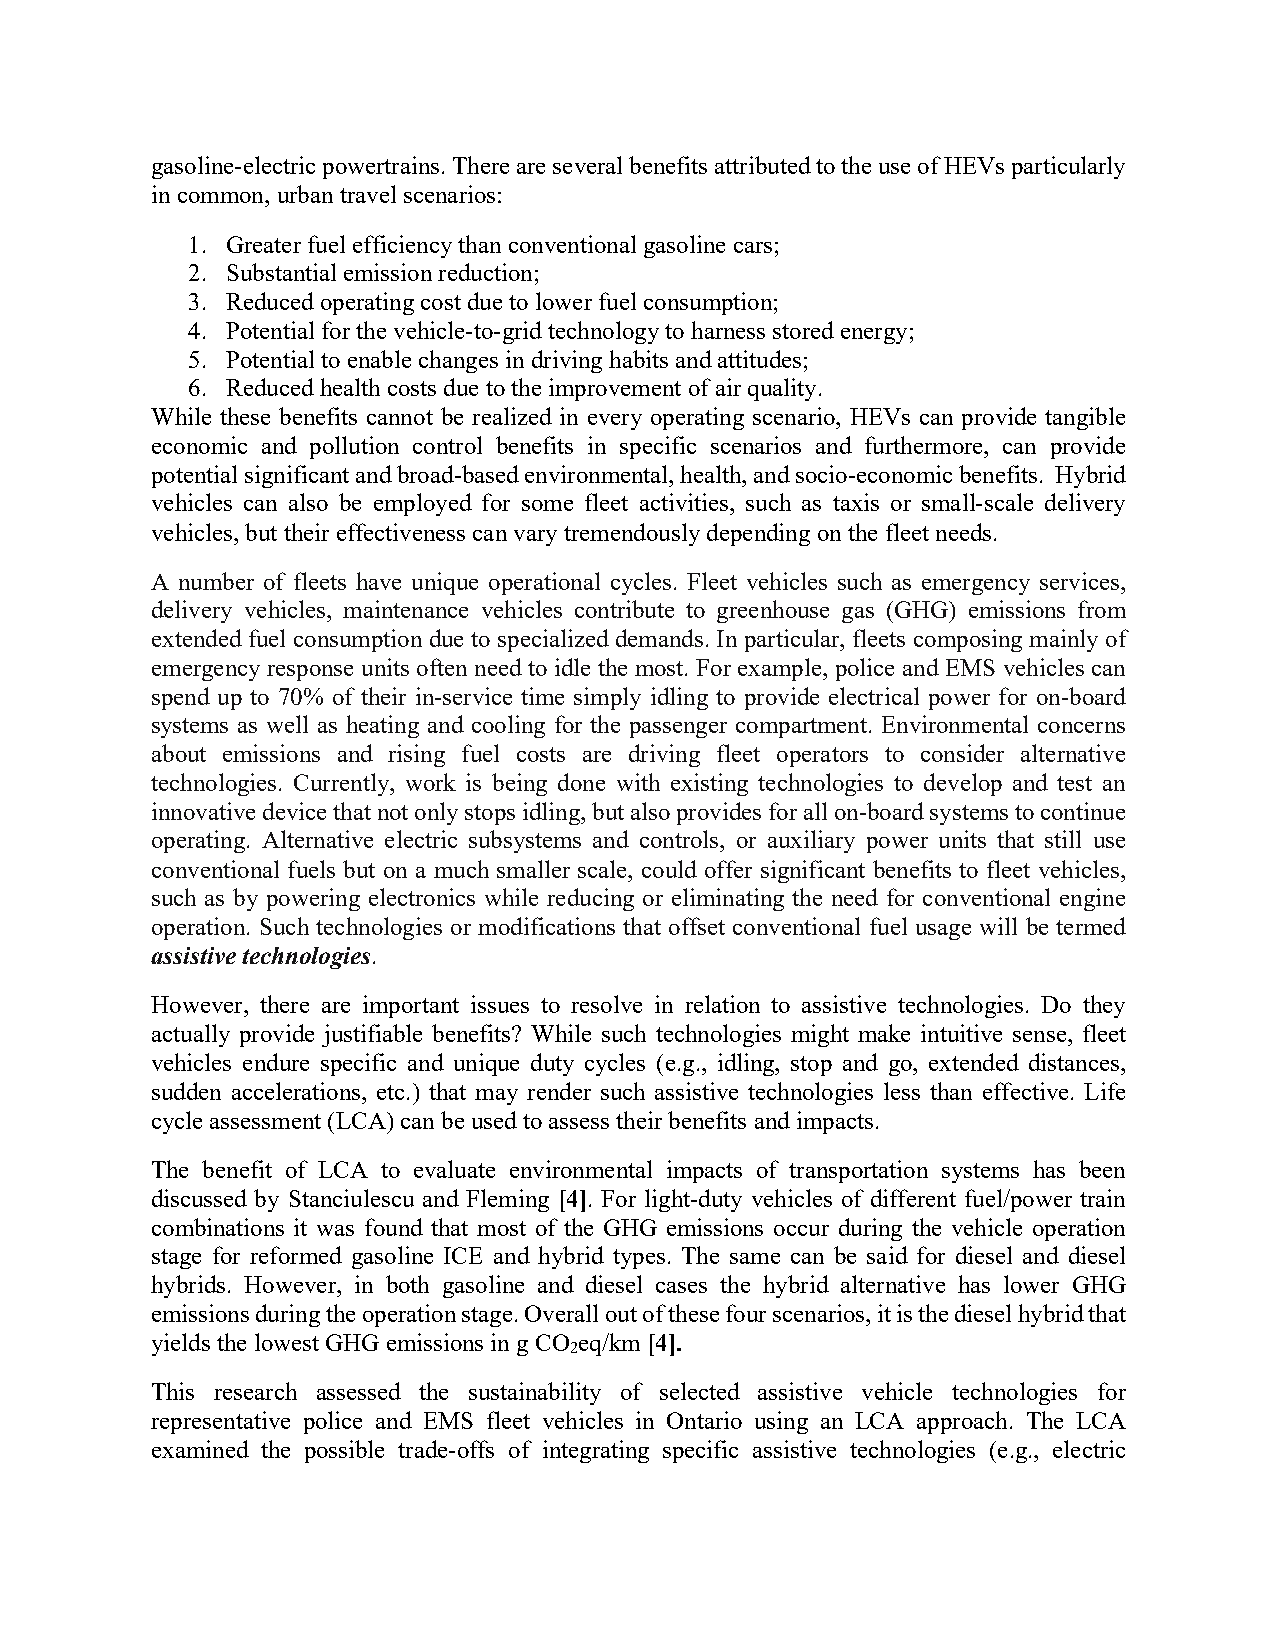
gasoline-electric powertrains. There are several benefits attributed to the use of HEVs particularly
 in common, urban travel scenarios:
 1. Greater fuel efficiency than conventional gasoline cars;
 2. Substantial emission reduction;
 3. Reduced operating cost due to lower fuel consumption;
 4. Potential for the vehicle-to-grid technology to harness stored energy;
 5. Potential to enable changes in driving habits and attitudes;
 6. Reduced health costs due to the improvement of air quality.
 While these benefits cannot be realized in every operating scenario, HEVs can provide tangible
 economic and pollution control benefits in specific scenarios and furthermore, can provide
 potential significant and broad-based environmental, health, and socio-economic benefits. Hybrid
 vehicles can also be employed for some fleet activities, such as taxis or small-scale delivery
 vehicles, but their effectiveness can vary tremendously depending on the fleet needs.
 A number of fleets have unique operational cycles. Fleet vehicles such as emergency services,
 delivery vehicles, maintenance vehicles contribute to greenhouse gas (GHG) emissions from
 extended fuel consumption due to specialized demands. In particular, fleets composing mainly of
 emergency response units often need to idle the most. For example, police and EMS vehicles can
 spend up to 70% of their in-service time simply idling to provide electrical power for on-board
 systems as well as heating and cooling for the passenger compartment. Environmental concerns
 about emissions and rising fuel costs are driving fleet operators to consider alternative
 technologies. Currently, work is being done with existing technologies to develop and test an
 innovative device that not only stops idling, but also provides for all on-board systems to continue
 operating. Alternative electric subsystems and controls, or auxiliary power units that still use
 conventional fuels but on a much smaller scale, could offer significant benefits to fleet vehicles,
 such as by powering electronics while reducing or eliminating the need for conventional engine
 operation. Such technologies or modifications that offset conventional fuel usage will be termed
 assistive technologies.
 However, there are important issues to resolve in relation to assistive technologies. Do they
 actually provide justifiable benefits? While such technologies might make intuitive sense, fleet
 vehicles endure specific and unique duty cycles (e.g., idling, stop and go, extended distances,
 sudden accelerations, etc.) that may render such assistive technologies less than effective. Life
 cycle assessment (LCA) can be used to assess their benefits and impacts.
 The benefit of LCA to evaluate environmental impacts of transportation systems has been
 discussed by Stanciulescu and Fleming [4]. For light-duty vehicles of different fuel/power train
 combinations it was found that most of the GHG emissions occur during the vehicle operation
 stage for reformed gasoline ICE and hybrid types. The same can be said for diesel and diesel
 hybrids. However, in both gasoline and diesel cases the hybrid alternative has lower GHG
 emissions during the operation stage. Overall out of these four scenarios, it is the diesel hybrid that
 yields the lowest GHG emissions in g CO eq/km [4].
 2
 This research assessed the sustainability of selected assistive vehicle technologies for
 representative police and EMS fleet vehicles in Ontario using an LCA approach. The LCA
 examined the possible trade-offs of integrating specific assistive technologies (e.g., electric